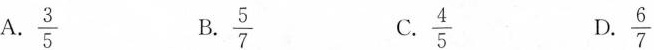
A. $$\frac{3}{5}$$ B.$$\frac{5}{7}$$ C.$$\frac{4}{5}$$ D.$$\frac{6}{7}$$